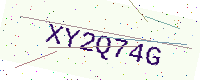
Text: XY2Q74G